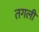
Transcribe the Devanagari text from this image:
तगली